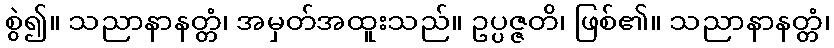
စွဲ၍။ သညာနာနတ္တံ၊ အမှတ်အထူးသည်။ ဥပ္ပဇ္ဇတိ၊ ဖြစ်၏။ သညာနာနတ္တံ၊